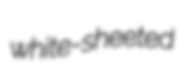
white-sheeted